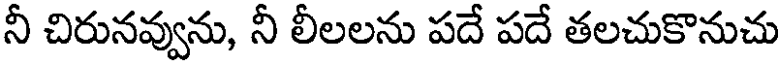
నీ చిరునవ్వును, నీ లీలలను పదే పదే తలచుకొనుచు